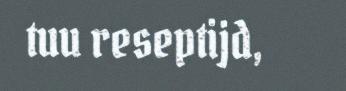
tuu reseptijd,